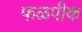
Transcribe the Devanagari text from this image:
फळपीक